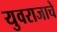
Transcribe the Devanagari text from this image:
युवराजाचे